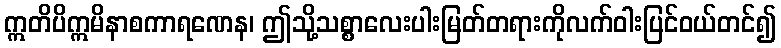
ဣတိပိဣမိနာစကာရဏေန၊ ဤသို့သစ္စာလေးပါးမြတ်တရားကိုလက်ဝါးပြင်ဝယ်တင်၍